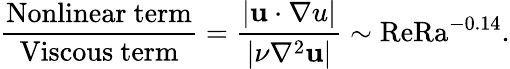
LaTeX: \frac{\mathrm{Nonlinear~term}}{\mathrm{Viscous~term}}=\frac{\lvert{\mathbf u\cdot\nabla u}\rvert}{\lvert\nu\nabla^{2}{\mathbf u}\rvert}\sim\mathrm{Re}{\mathrm{Ra}^{-0.14}}.